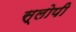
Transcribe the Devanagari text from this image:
स्लोपी